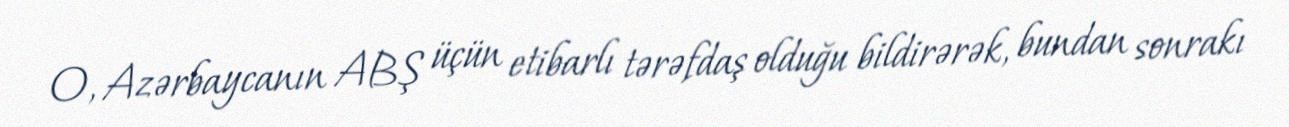
O, Azərbaycanın ABŞ üçün etibarlı tərəfdaş olduğu bildirərək, bundan sonrakı